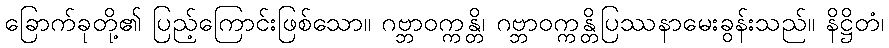
ခြောက်ခုတို့၏ ပြည့်ကြောင်းဖြစ်သော။ ဂဗ္ဘာဝက္ကန္တိ၊ ဂဗ္ဘာဝက္ကန္တိပြဿနာမေးခွန်းသည်။ နိဋ္ဌိတံ၊